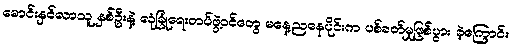
မောင်းနှင်လာသူ နှစ်ဦးနဲ့ လုံခြုံရေးတပ်ဖွဲ့ဝင်တွေ မနေ့ညနေပိုင်းက ပစ်ခတ်မှုဖြစ်ပွား ခဲ့ကြောင်း